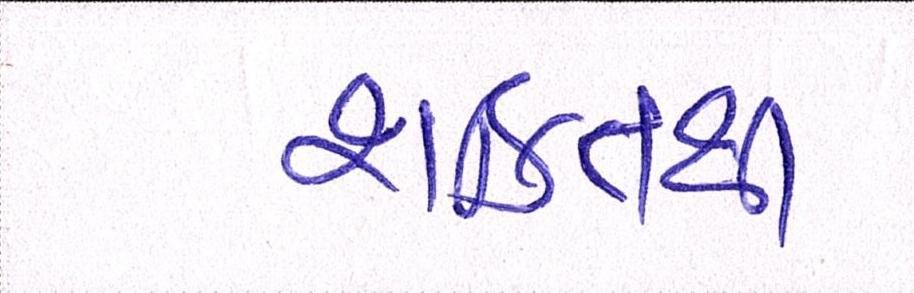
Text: શક્તિથી